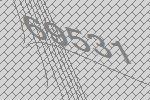
69531